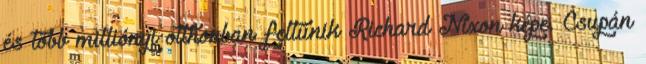
és több milliónyi otthonban feltűnik Richard Nixon képe. Csupán